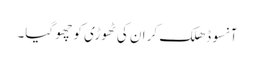
آنسو ڈھلک کر ان کی ٹھوڑی کو چھو گیا۔